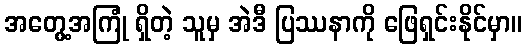
အတွေ့အကြုံ ရှိတဲ့ သူမှ အဲဒီ ပြဿနာကို ဖြေရှင်းနိုင်မှာ။